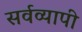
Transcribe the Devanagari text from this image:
सर्वव्‍यापी